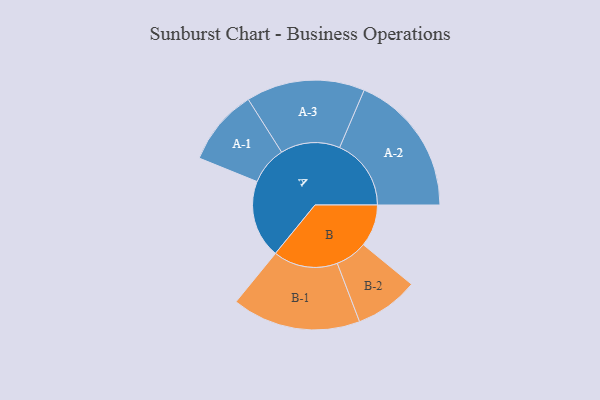
{"axis": {"x": "Segment", "y": "Value"}, "legend": ["", "A", "B"], "data": [{"x": "A", "y": 294, "type": ""}, {"x": "B", "y": 159, "type": ""}, {"x": "A-1", "y": 144, "type": "A"}, {"x": "A-2", "y": 270, "type": "A"}, {"x": "A-3", "y": 224, "type": "A"}, {"x": "B-1", "y": 243, "type": "B"}, {"x": "B-2", "y": 120, "type": "B"}]}